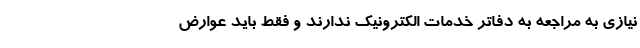
نیازی به مراجعه به دفاتر خدمات الکترونیک ندارند و فقط باید عوارض